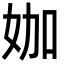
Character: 㚳